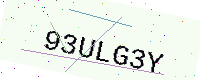
Text: 93ULG3Y